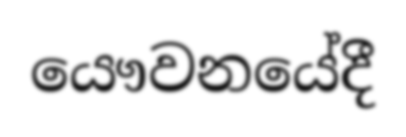
යෞවනයේදී